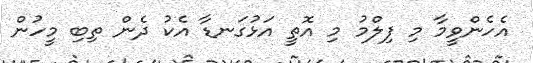
އެހެންވީމާ މި ފިލްމު މި އޮތީ އަޅުގަނޑާ އެކު ދެން ތިބި މީހުން